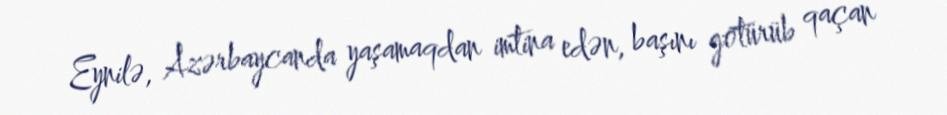
Eynilə, Azərbaycanda yaşamaqdan imtina edən, başını götürüb qaçan